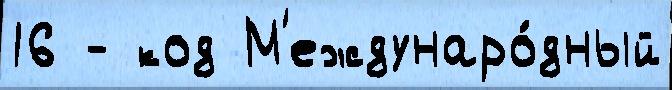
16 - код М'еждунаро́дный